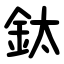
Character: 鈦